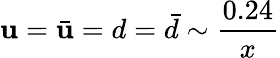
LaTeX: \mathbf{u}=\bar{{\mathbf{u}}}=d=\bar{{d}}\sim{\frac{{0.24}}{{x}}}